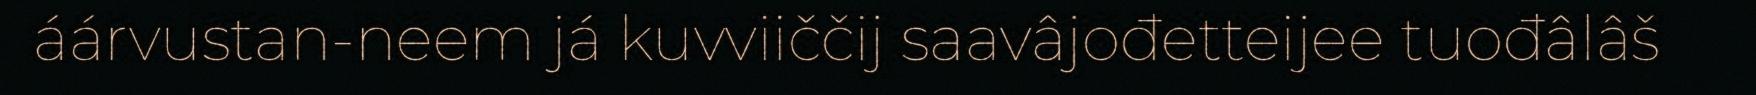
áárvustan-neem já kuvviiččij saavâjođetteijee tuođâlâš